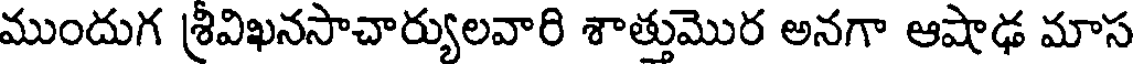
ముందుగ శ్రీవిఖనసాచార్యులవారి శాత్తుమొర అనగా ఆషాఢ మాస